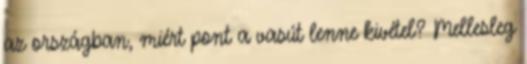
az országban, miért pont a vasút lenne kivétel? Mellesleg